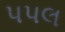
પપલ